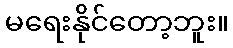
မရေးနိုင်တော့ဘူး။